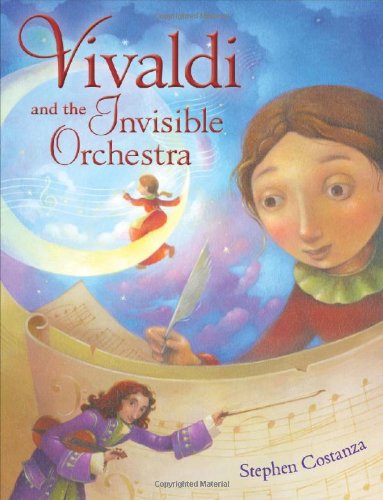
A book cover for Vivaldi and the Invisible Orchestra (Christy Ottaviano Books); Stephen Costanza; Children's Books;